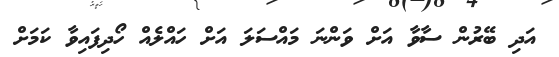
އަދި ބޭރުން ސާވާ އަށް ވަންނަ މައްސަލަ އަށް ހައްލެއް ހޯދިފައިވާ ކަމަށް